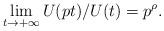
LaTeX: \begin{align*}\lim_{t \rightarrow +\infty }U(pt)/U(t)=p^{\rho}. \end{align*}